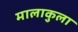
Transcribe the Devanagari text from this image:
मालाकुला